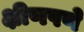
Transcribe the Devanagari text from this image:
क्षीणपणे